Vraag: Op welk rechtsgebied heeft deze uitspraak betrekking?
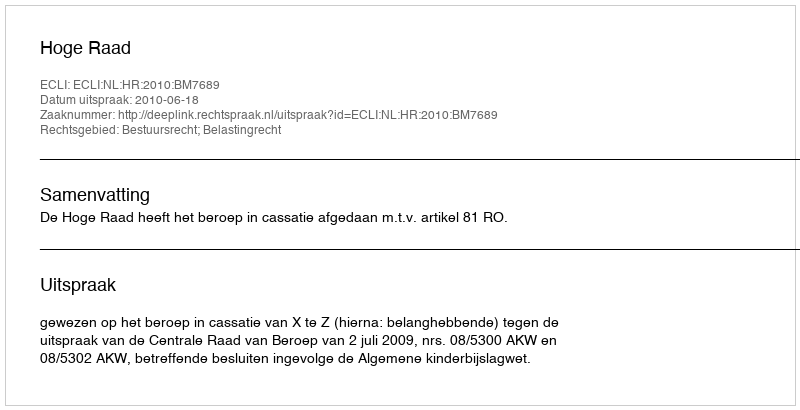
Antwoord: Bestuursrecht; Belastingrecht